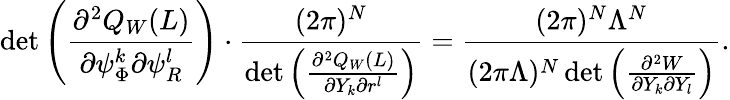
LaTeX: \operatorname*{det}\left(\frac{\partial^{2}Q_{W}(L)}{\partial\psi_{\Phi}^{k}\partial\psi_{R}^{l}}\right)\cdot\frac{(2\pi)^{N}}{\operatorname*{det}\left(\frac{\partial^{2}Q_{W}(L)}{\partial Y_{k}\partial r^{l}}\right)}=\frac{(2\pi)^{N}\Lambda^{N}}{(2\pi\Lambda)^{N}\operatorname*{det}\left(\frac{\partial^{2}W}{\partial Y_{k}\partial Y_{l}}\right)}.